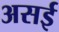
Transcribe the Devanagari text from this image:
असई